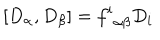
LaTeX: [ D _ { \alpha } , D _ { \beta } ] = { f ^ { i } } _ { \alpha \beta } D _ { i }